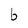
Character: b